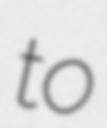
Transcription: to